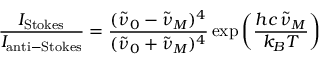
{ \frac { I _ { \mathrm { S t o k e s } } } { I _ { \mathrm { a n t i - S t o k e s } } } } = { \frac { ( { \tilde { \nu } } _ { 0 } - { \tilde { \nu } } _ { M } ) ^ { 4 } } { ( { \tilde { \nu } } _ { 0 } + { \tilde { \nu } } _ { M } ) ^ { 4 } } } \exp \left( { \frac { h c \, { \tilde { \nu } } _ { M } } { k _ { B } T } } \right)